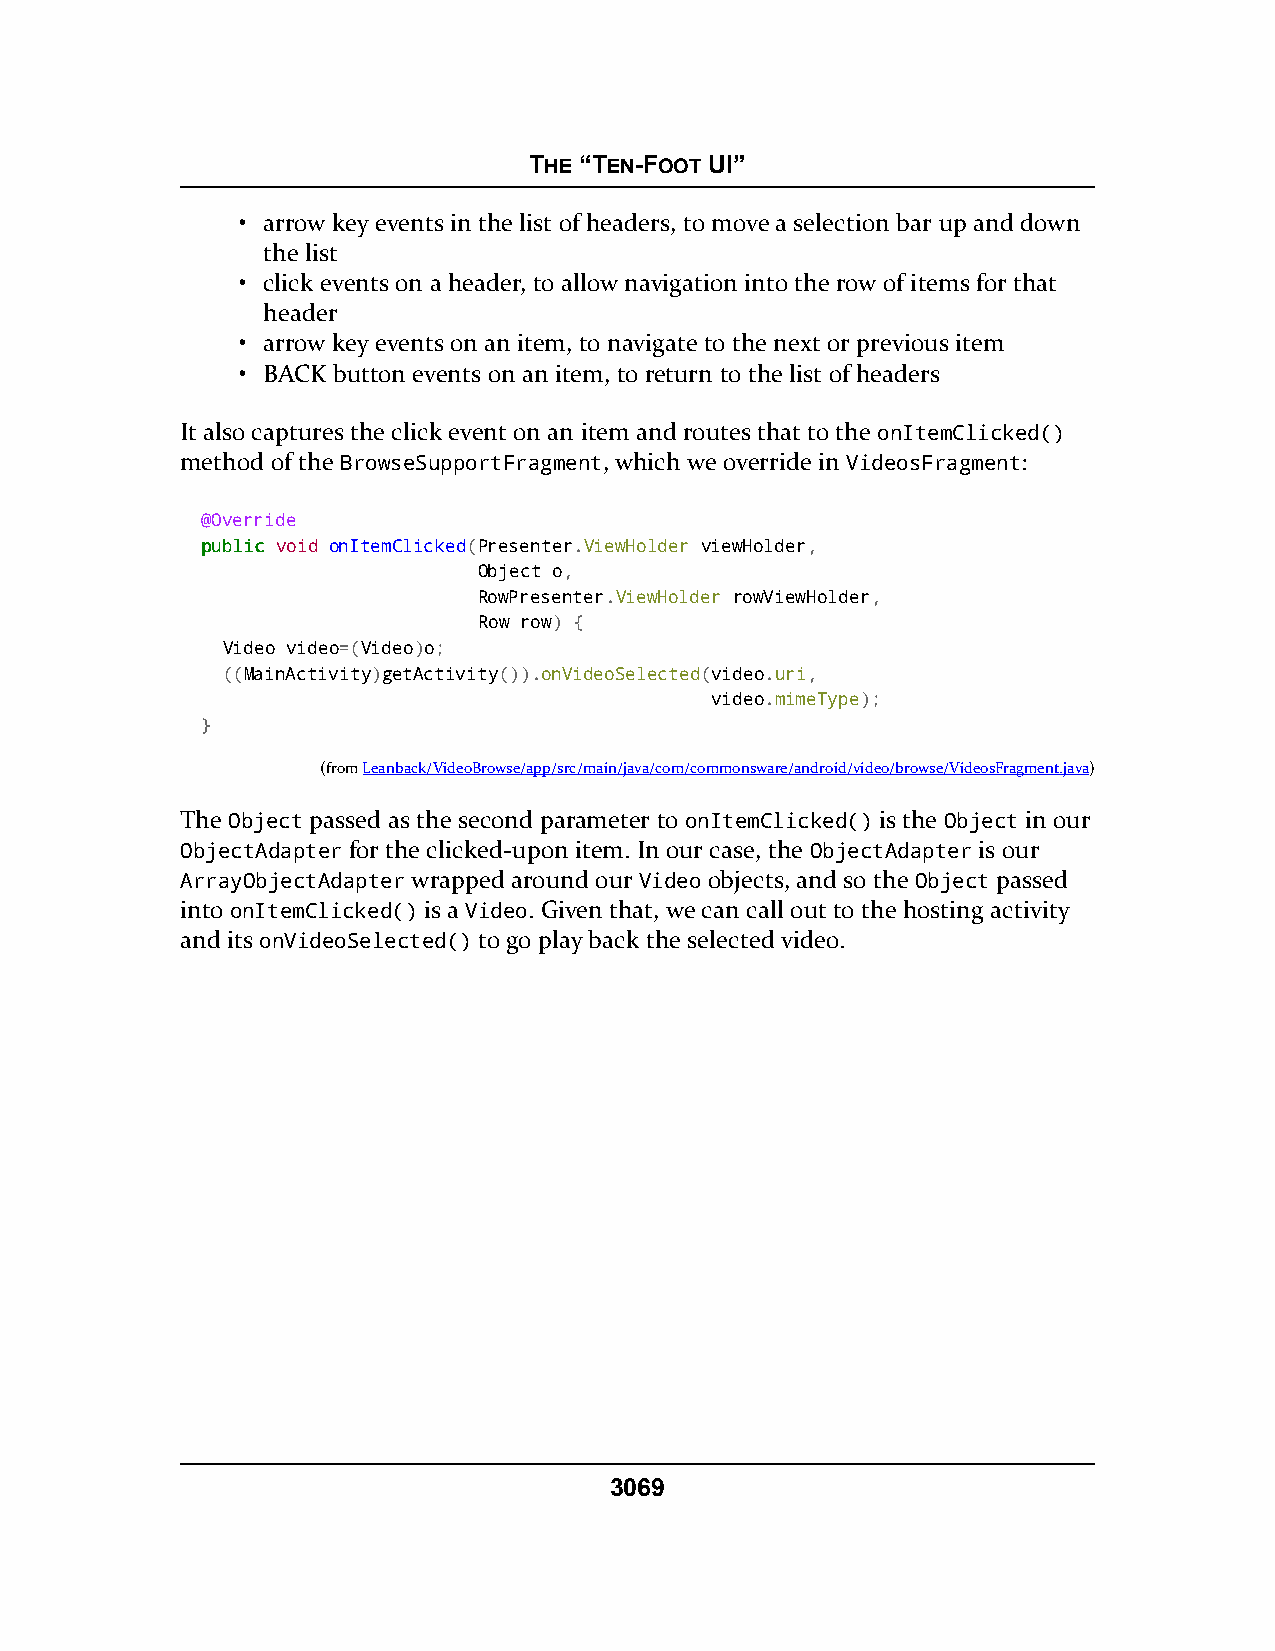
THE “TEN-FOOT UI”
 • arrow key events in the list of headers, to move a selection bar up and down
 the list
 • click events on a header, to allow navigation into the row of items for that
 header
 • arrow key events on an item, to navigate to the next or previous item
 • BACK button events on an item, to return to the list of headers
 It also captures the click event on an item and routes that to the onItemClicked()
 method of the BrowseSupportFragment, which we override in VideosFragment:
 @Override
 ppuubblliicc void onItemClicked(Presenter.ViewHolder viewHolder,
 Object o,
 RowPresenter.ViewHolder rowViewHolder,
 Row row) {
 Video video=(Video)o;
 ((MainActivity)getActivity()).onVideoSelected(video.uri,
 video.mimeType);
 }
 (fromLeanback/VideoBrowse/app/src/main/java/com/commonsware/android/video/browse/VideosFragment.java)
 The Object passed as the second parameter to onItemClicked() is the Object in our
 ObjectAdapter for the clicked-upon item. In our case, the ObjectAdapter is our
 ArrayObjectAdapter wrapped around our Video objects, and so the Object passed
 into onItemClicked() is a Video. Given that, we can call out to the hosting activity
 and its onVideoSelected() to go play back the selected video.
 3069